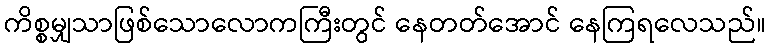
ကိစ္စမျှသာဖြစ်သောလောကကြီးတွင် နေတတ်အောင် နေကြရလေသည်။